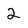
Character: 2